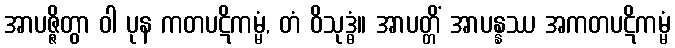
အာပဇ္ဇိတွာ ဝါ ပုန ကတပဋိကမ္မံ, တံ ဝိသုဒ္ဓံ။ အာပတ္တိံ အာပန္နဿ အကတပဋိကမ္မံ